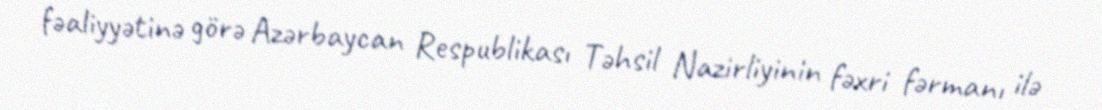
fəaliyyətinə görə Azərbaycan Respublikası Təhsil Nazirliyinin fəxri fərmanı ilə